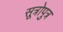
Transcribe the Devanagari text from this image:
सूत्रोपुत्र